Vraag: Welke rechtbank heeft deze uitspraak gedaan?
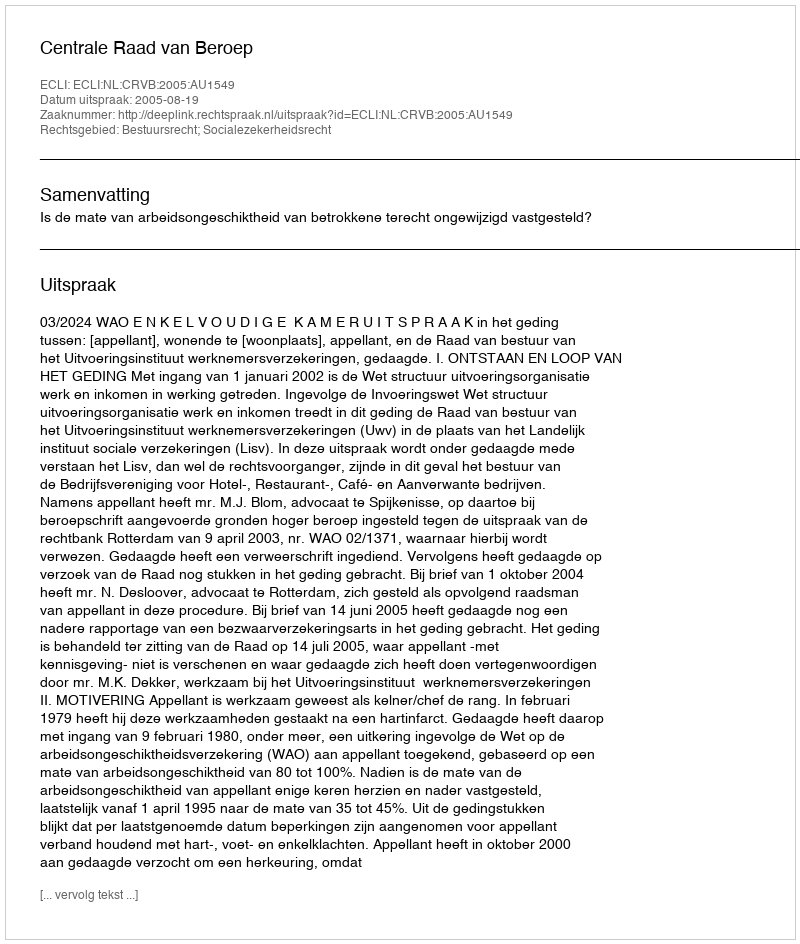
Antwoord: Centrale Raad van Beroep